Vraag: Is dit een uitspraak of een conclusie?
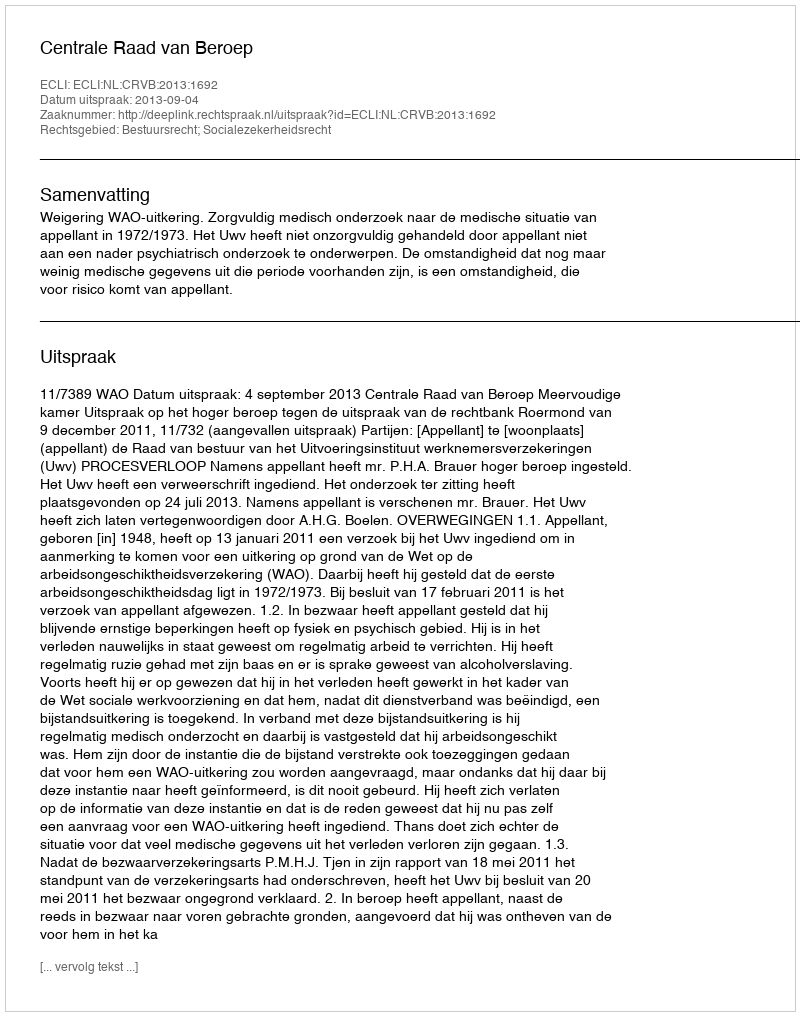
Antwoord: Uitspraak